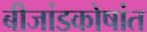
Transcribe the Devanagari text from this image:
बीजांडकोषांत